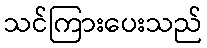
သင်ကြားပေးသည်